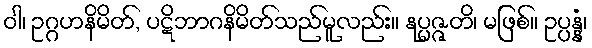
ဝါ၊ ဥဂ္ဂဟနိမိတ်, ပဋိဘာဂနိမိတ်သည်မူလည်း။ နုပ္ပဇ္ဇတိ၊ မဖြစ်။ ဥပ္ပန္နံ၊